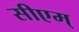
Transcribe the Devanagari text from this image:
सीएम्